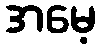
အမေ့